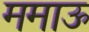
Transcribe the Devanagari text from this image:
ममाऊ